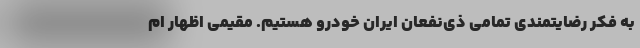
به فکر رضایتمندی تمامی ذی‌نفعان ایران خودرو هستیم. مقیمی اظهار ام